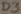
Text: D3